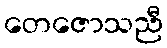
တေဇောသညီ